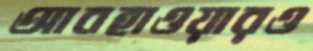
আবহাওয়ারও